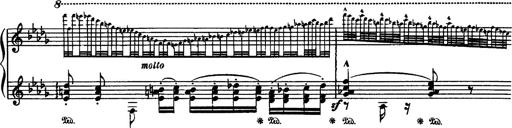
Title: Paraphrase de concert sur Rigoletto
Composer: Franz Liszt